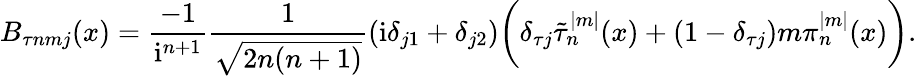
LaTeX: B_{\tau nmj}(x)=\frac{-1}{\mathrm{i}^{n+1}}\frac{1}{\sqrt{2n(n+1)}}(\mathrm{i}\delta_{j1}+\delta_{j2})\bigg(\delta_{\tau j}\tilde{\tau}_{n}^{|m|}(x)+(1-\delta_{\tau j})m\pi_{n}^{|m|}(x)\bigg).